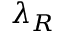
\lambda _ { R }